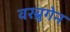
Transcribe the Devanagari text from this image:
वरब्रुगेन